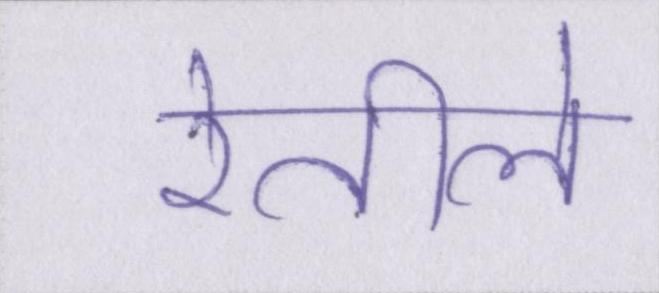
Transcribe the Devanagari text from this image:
रेतीले